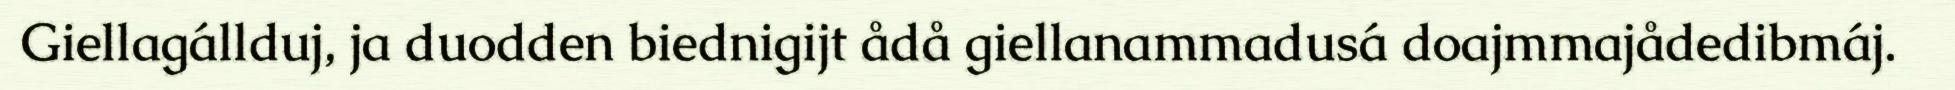
Giellagállduj, ja duodden biednigijt ådå giellanammadusá doajmmajådedibmáj.